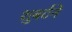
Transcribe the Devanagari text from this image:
शुबर्टने